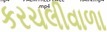
કરચલીવાળા